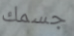
جسمك